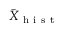
\bar { X } _ { \mathrm { ~ h ~ i ~ s ~ t ~ } }